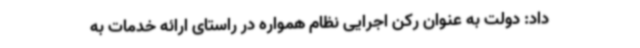
داد: دولت به عنوان رکن اجرایی نظام همواره در راستای ارائه خدمات به